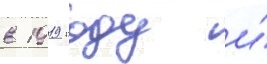
в 1919 году и́